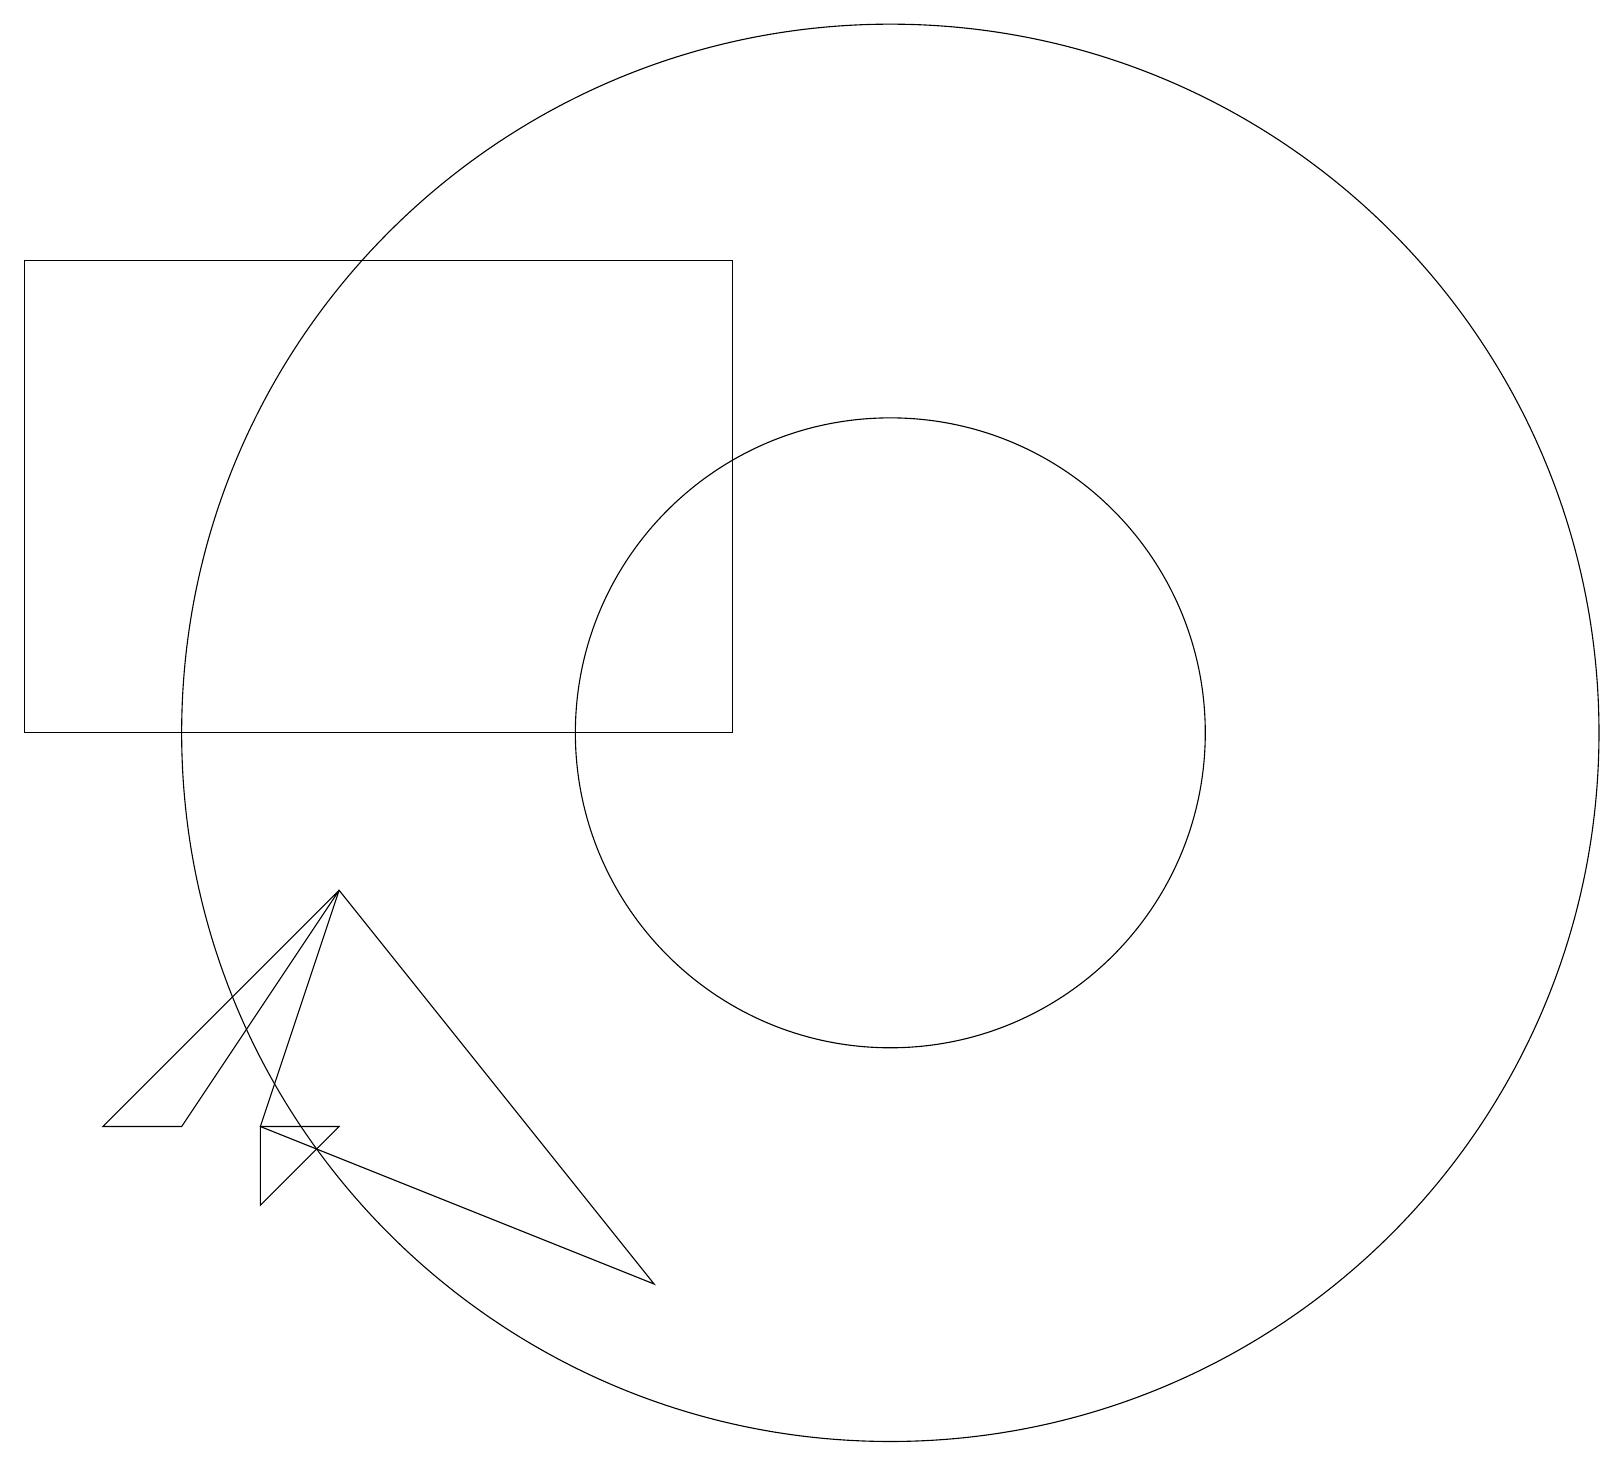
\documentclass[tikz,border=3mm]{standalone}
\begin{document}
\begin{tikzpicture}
\draw (11,10) circle (4);
\draw (11,10) circle (9);
\draw (4,8) -- (8,3) -- (3,5) -- cycle;
\draw (1,5) -- (4,8) -- (2,5) -- cycle;
\draw (3,5) -- (3,4) -- (4,5) -- cycle;
\draw (9,16) rectangle (0,10);
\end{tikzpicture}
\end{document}